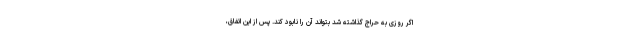
اگر روزی به حراج گذاشته شد بتواند آن را نابود کند. پس از این اتفاق،